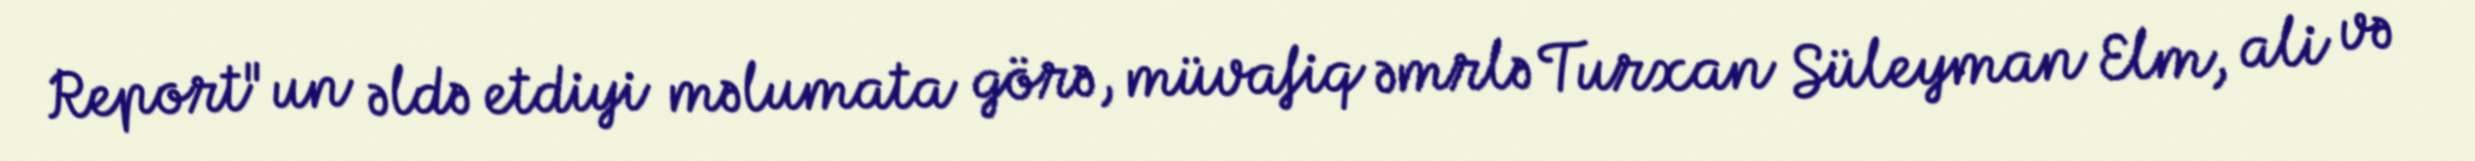
Report"un əldə etdiyi məlumata görə, müvafiq əmrlə Turxan Süleyman Elm, ali və